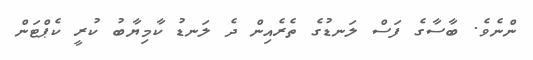
ންނެވެ. ބާސާގެ ފަސް ލަނޑުގެ ތެރެއިން ދެ ލަނޑު ކާމިޔާބު ކުރީ ކެޕްޓަން